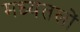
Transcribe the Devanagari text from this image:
मध्यतलों